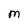
Character: M